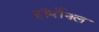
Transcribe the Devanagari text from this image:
हॉर्मोनल